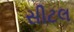
સીટલ